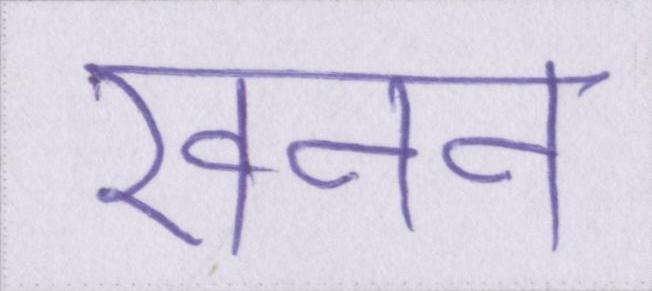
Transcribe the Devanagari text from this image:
खनन